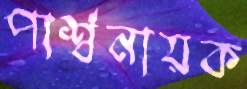
পার্শ্বনায়ক